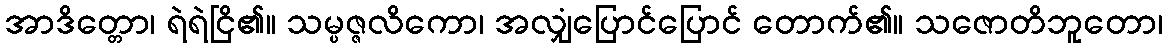
အာဒိတ္တော၊ ရဲရဲငြိ၏။ သမ္ပဇ္ဇလိကော၊ အလျှံပြောင်ပြောင် တောက်၏။ သဇောတိဘူတော၊